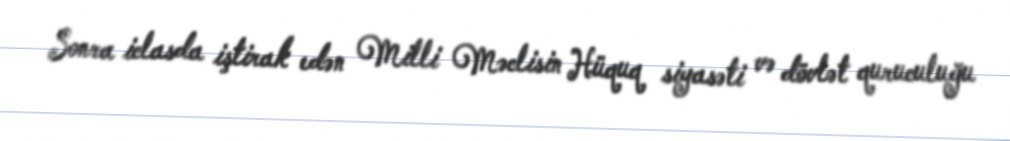
Sonra iclasda iştirak edən Milli Məclisin Hüquq siyasəti və dövlət quruculuğu